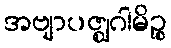
အဗျာပဇ္ဈဂါမိဉ္စ